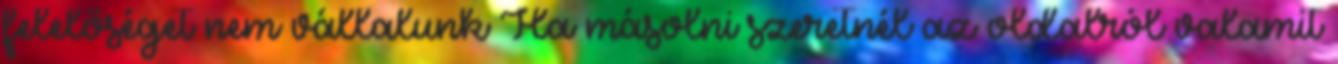
felelőséget nem vállalunk Ha másolni szeretnél az oldalról valamit